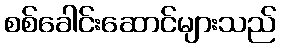
စစ်ခေါင်းဆောင်များသည်